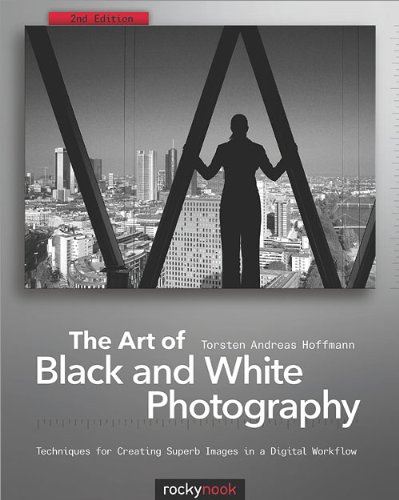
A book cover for The Art of Black and White Photography: Techniques for Creating Superb Images in a Digital Workflow; Torsten Andreas Hoffmann; Arts & Photography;